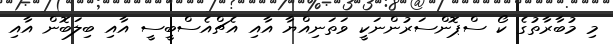
މި މުބާރާތުގެ ކޯ ސްޕޮންސަރުންނަކީ ވަތަނިއްޔާ އާއި އެޗްއެސްބީސީ އާއި ބިލަބޮން އާއި